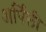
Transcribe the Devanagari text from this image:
अर्पिली